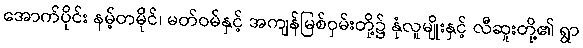
အောက်ပိုင်း နမ့်တမိုင်၊ မတ်ဝမ်နှင့် အကျန်မြစ်ဝှမ်းတို့၌ နုံလူမျိုးနှင့် လီဆူးတို့၏ ရွာ